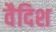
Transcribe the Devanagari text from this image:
वैदिश